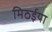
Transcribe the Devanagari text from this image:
मिठईया